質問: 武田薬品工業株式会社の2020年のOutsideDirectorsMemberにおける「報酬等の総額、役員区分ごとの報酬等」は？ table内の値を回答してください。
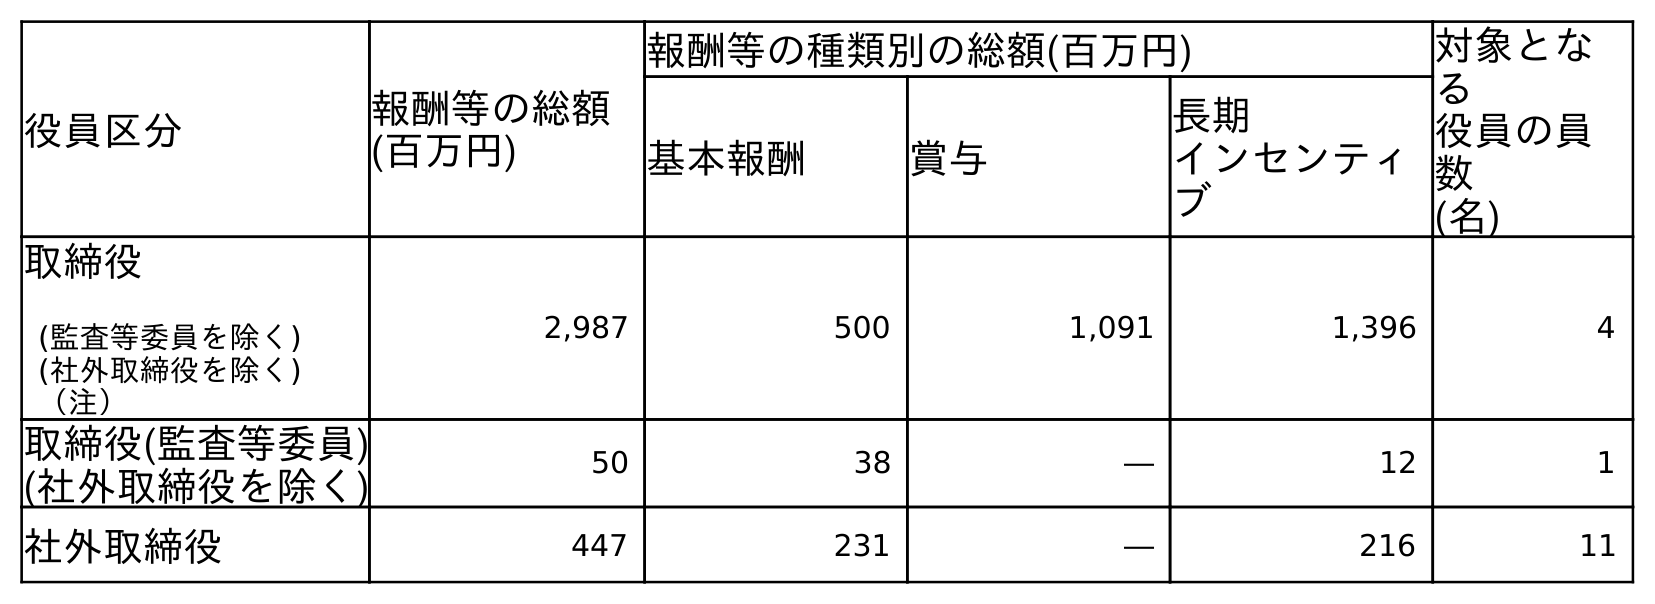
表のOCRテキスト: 役員区分 報酬等の総額 (百万円) 報酬等の種類別の総額(百万円) 対象とな る 役員の員 数 (名) 基本報酬 賞与 長期 インセンティ ブ 取締役 (監査等委員を除く) (社外取締役を除く) （注） 2,987 500 1,091 1,396 4 取締役(監査等委員) (社外取締役を除く) 50 38 ― 12 1 社外取締役 447 231 ― 216 11
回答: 447